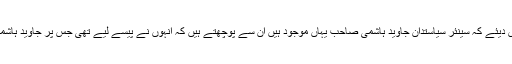
سماعت کے دوران چیف جسٹس نے ریمارکس دیئے کہ سینئر سیاستدان جاوید ہاشمی صاحب یہاں موجود ہیں ان سے پوچھتے ہیں کہ انہوں نے پیسے لیے تھی جس پر جاوید ہاشمی نے جواب دیا کہ انہوں نے پیسے نہیں لیے۔